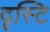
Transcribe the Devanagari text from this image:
दृस्टि